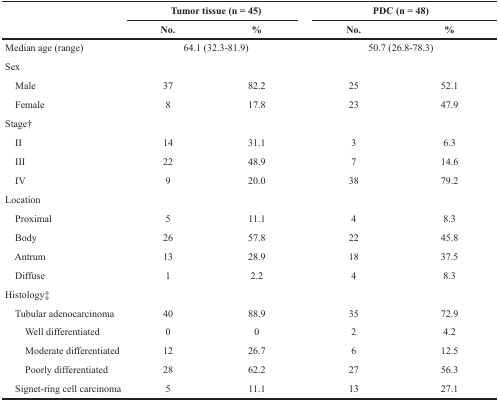
<table><thead><tr><td rowspan="2"></td><td colspan="2"><b>Tumor tissue (n = 45)</b></td><td colspan="2"><b>PDC (n = 48)</b></td></tr><tr><td><b>No.</b></td><td><b>%</b></td><td><b>No.</b></td><td><b>%</b></td></tr></thead><tbody><tr><td>Median age (range)</td><td colspan="2">64.1 (32.3-81.9)</td><td colspan="2">50.7 (26.8-78.3)</td></tr><tr><td>Sex</td><td></td><td></td><td></td><td></td></tr><tr><td> Male</td><td>37</td><td>82.2</td><td>25</td><td>52.1</td></tr><tr><td> Female</td><td>8</td><td>17.8</td><td>23</td><td>47.9</td></tr><tr><td>Stage†</td><td></td><td></td><td></td><td></td></tr><tr><td> II</td><td>14</td><td>31.1</td><td>3</td><td>6.3</td></tr><tr><td> III</td><td>22</td><td>48.9</td><td>7</td><td>14.6</td></tr><tr><td> IV</td><td>9</td><td>20.0</td><td>38</td><td>79.2</td></tr><tr><td>Location</td><td></td><td></td><td></td><td></td></tr><tr><td> Proximal</td><td>5</td><td>11.1</td><td>4</td><td>8.3</td></tr><tr><td> Body</td><td>26</td><td>57.8</td><td>22</td><td>45.8</td></tr><tr><td> Antrum</td><td>13</td><td>28.9</td><td>18</td><td>37.5</td></tr><tr><td> Diffuse</td><td>1</td><td>2.2</td><td>4</td><td>8.3</td></tr><tr><td>Histology‡</td><td></td><td></td><td></td><td></td></tr><tr><td> Tubular adenocarcinoma</td><td>40</td><td>88.9</td><td>35</td><td>72.9</td></tr><tr><td>Well differentiated</td><td>0</td><td>0</td><td>2</td><td>4.2</td></tr><tr><td>Moderate differentiated</td><td>12</td><td>26.7</td><td>6</td><td>12.5</td></tr><tr><td>Poorly differentiated</td><td>28</td><td>62.2</td><td>27</td><td>56.3</td></tr><tr><td> Signet-ring cell carcinoma</td><td>5</td><td>11.1</td><td>13</td><td>27.1</td></tr></tbody></table>